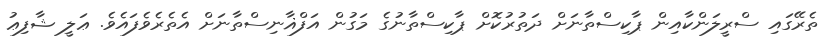
ތެރޭގައި ސްރީލަންކާއިން ޕާކިސްތާނަށް ދަތުރުކޮށް ޕާކިސްތާނުގެ މަގުން އަފްޣާނިސްތާނަށް އެތެރެވެފައެވެ. ޢަލީ ޝާފިޢު